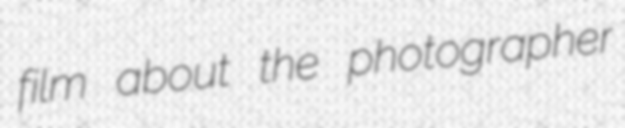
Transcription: film about the photographer